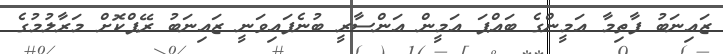
ޒައިނަބު ފާތިމާ އަމީންގެ ބައްޕަ އަމީން އަންސާރީ ބުނެފައިވަނީ ޒައިނަބު ރޭޕްކޮށް މަރާލުމުގެ